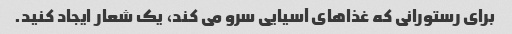
برای رستورانی که غذاهای آسیایی سرو می کند، یک شعار ایجاد کنید.